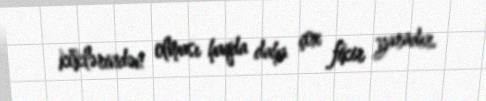
köklərindən olması haqda daha çox fikir yaradır.